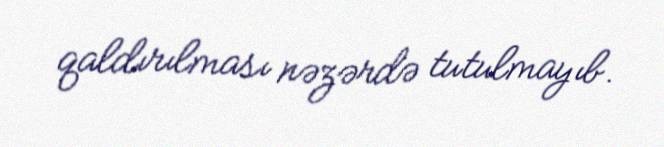
qaldırılması nəzərdə tutulmayıb.